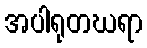
အပါရုတဃရာ